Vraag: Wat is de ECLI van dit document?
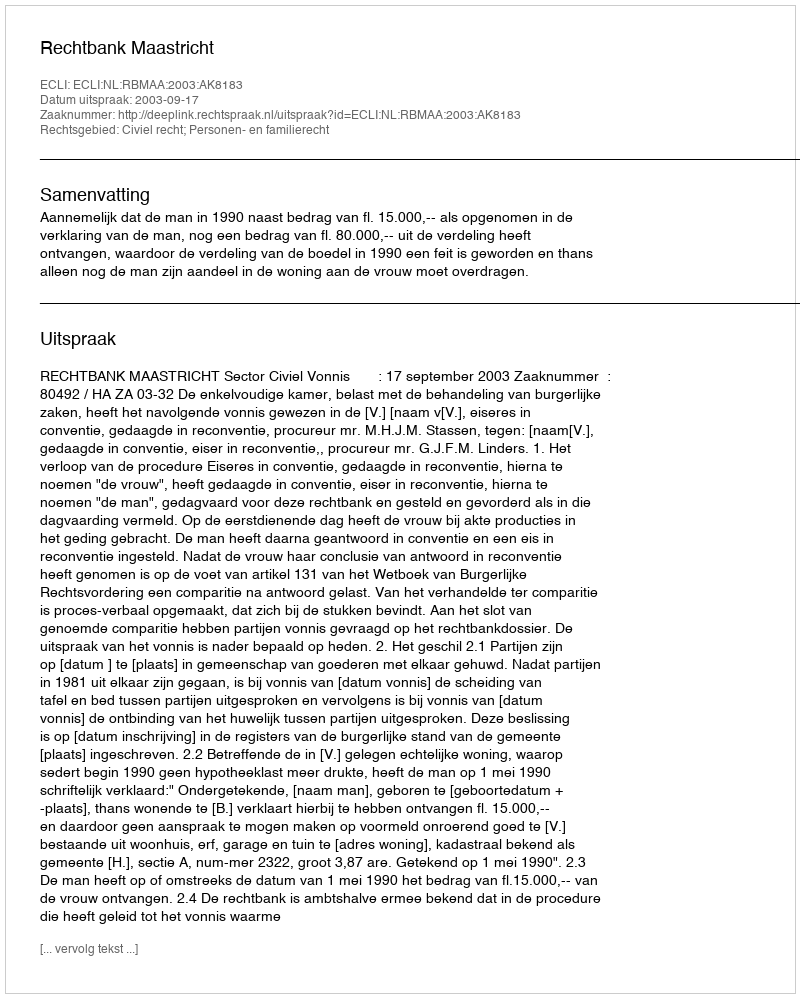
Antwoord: ECLI:NL:RBMAA:2003:AK8183